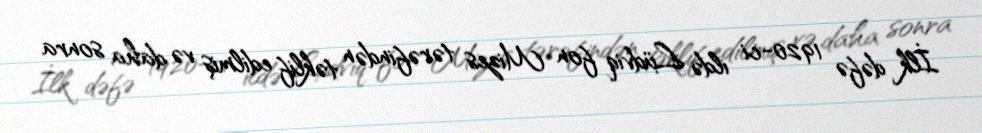
İlk dəfə 1920-ci ildə Lüdviq fon Mizes tərəfindən təklif edilmiş və daha sonra